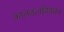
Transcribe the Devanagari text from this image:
कालतत्वविवेचन